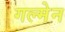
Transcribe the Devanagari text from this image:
गल्मेन